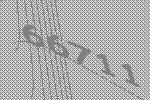
66711